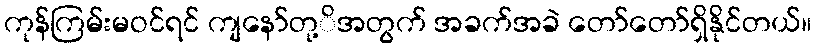
ကုန်ကြမ်းမဝင်ရင် ကျနော်တု့ိအတွက် အခက်အခဲ တော်တော်ရှိနိုင်တယ်။